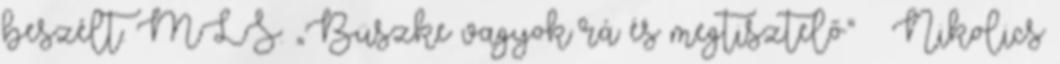
beszélt. MLS: „Büszke vagyok rá és megtisztelő” – Nikolics